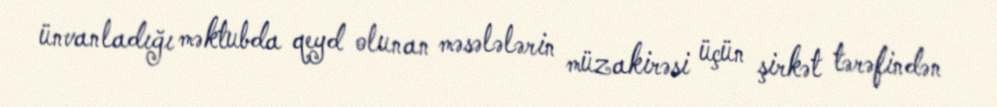
ünvanladığı məktubda qeyd olunan məsələlərin müzakirəsi üçün şirkət tərəfindən